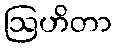
ဩဟိတာ